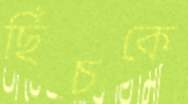
ছিঁচকে